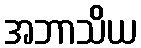
အဘာသိယ